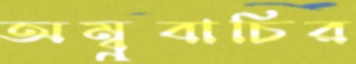
অম্বুবাচির